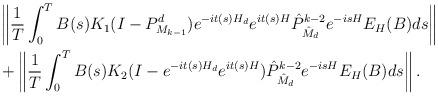
LaTeX: \begin{align*}\begin{aligned}&\left\Vert\frac{1}{T}\int_0^T B(s) K_1(I-P^d_{M_{k-1}})e^{-it(s)H_d}e^{it(s)H}{\hat P}^{k-2}_{{\hat M}_d}e^{-isH}E_H(B)ds\right\Vert\\&+\left\Vert\frac{1}{T}\int_0^T B(s) K_2(I-e^{-it(s)H_d}e^{it(s)H}){\hat P}^{k-2}_{{\hat M}_d}e^{-isH}E_H(B)ds\right\Vert.\end{aligned}\end{align*}